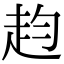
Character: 赹